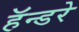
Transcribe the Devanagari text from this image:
हॅन्डरे